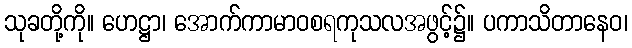
သုခတို့ကို။ ဟေဋ္ဌာ၊ အောက်ကာမာဝစရကုသလအဖွင့်၌။ ပကာသိတာနေဝ၊